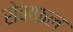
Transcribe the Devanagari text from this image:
सेवाफल